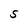
Character: S